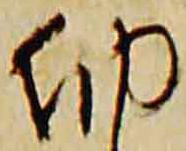
納